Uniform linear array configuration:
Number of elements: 32
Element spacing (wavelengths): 0.75
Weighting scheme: hann
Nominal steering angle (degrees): -60
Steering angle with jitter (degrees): -59.14
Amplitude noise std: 0.05
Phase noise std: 0.05

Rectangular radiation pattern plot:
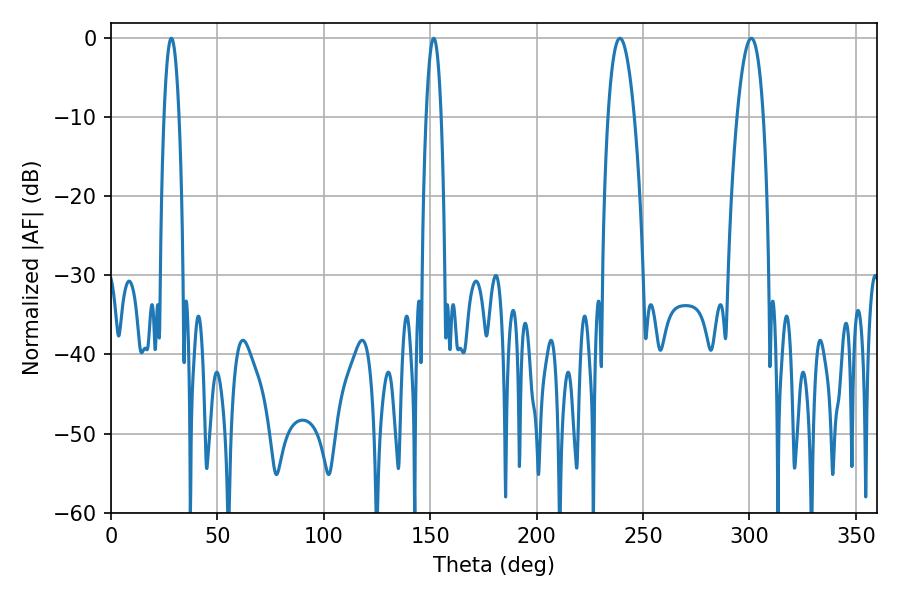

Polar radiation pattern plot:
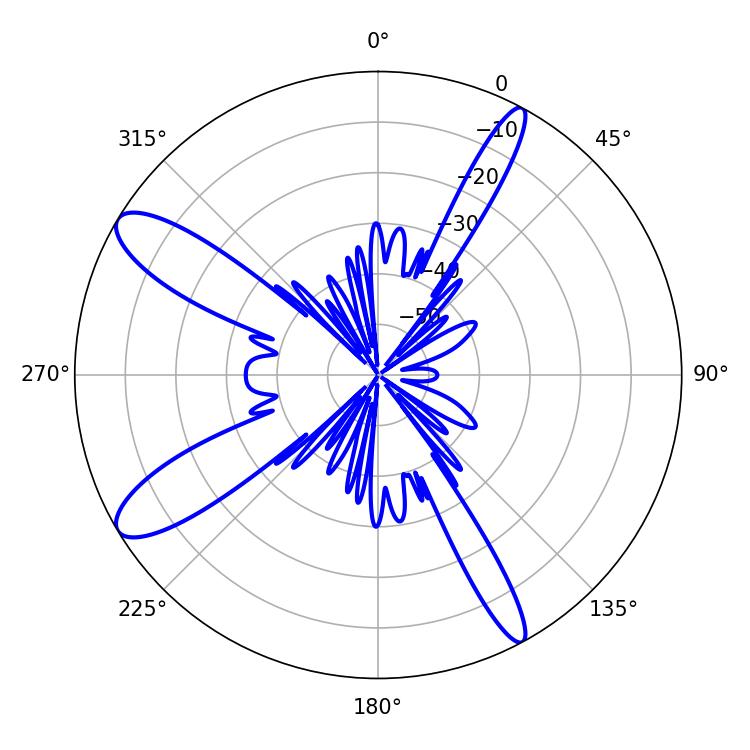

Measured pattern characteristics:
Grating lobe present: TRUE
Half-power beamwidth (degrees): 6.66
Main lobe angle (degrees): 300.78